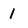
Character: 1